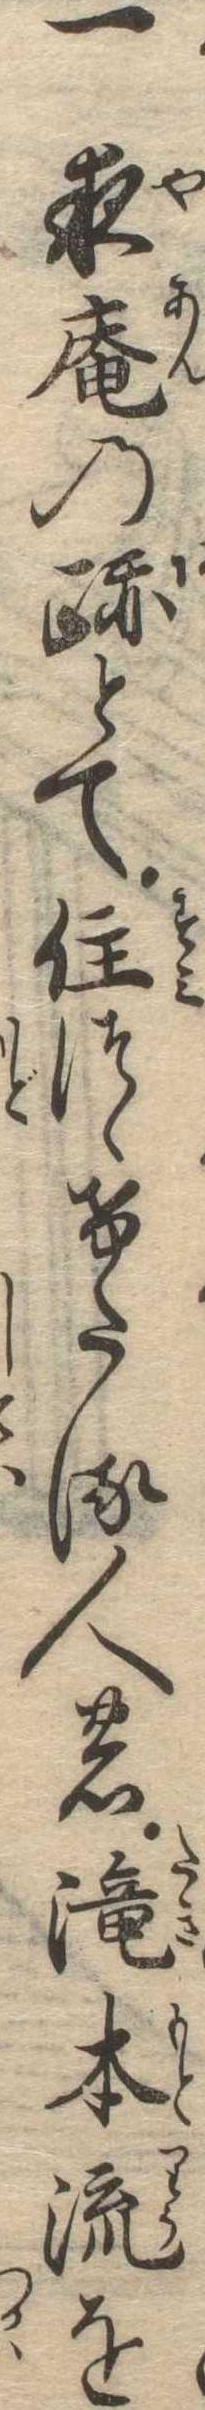
一夜庵の跡とて住つゝけたる人の滝本流を